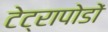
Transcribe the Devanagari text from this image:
टेट्रापोडों